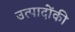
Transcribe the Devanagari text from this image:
उत्पादोंकी